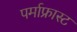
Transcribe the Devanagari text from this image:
पर्माफ्रास्ट